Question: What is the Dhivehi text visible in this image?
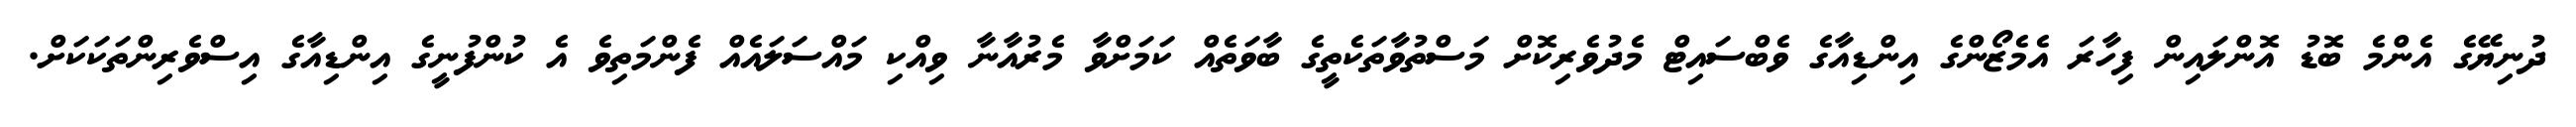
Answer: ދުނިޔޭގެ އެންމެ ބޮޑު އޮންލައިން ފިހާރަ އެމެޒޯންގެ އިންޑިއާގެ ވެބްސައިޓް މެދުވެރިކޮށް މަސްތުވާތަކެތީގެ ބާވަތެއް ކަމަށްވާ މެރުއާނާ ވިއްކި މައްސަލައެއް ފެންމަތިވެ އެ ކުންފުނީގެ އިންޑިއާގެ އިސްވެރިންތަކަކަށް.